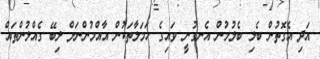
އަދި އެގޮތުން ބެލި ބެލުމުން އެނގުނީ ވައިގެ ހަމަލާތަކުން އާއްމުންނަށް ލިބޭ ގެއްލުންތައް